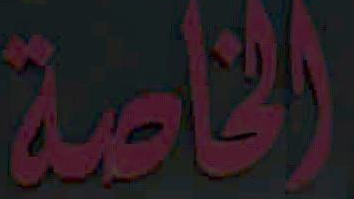
الخاصة